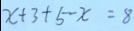
x + 3 + 5 - x = 8